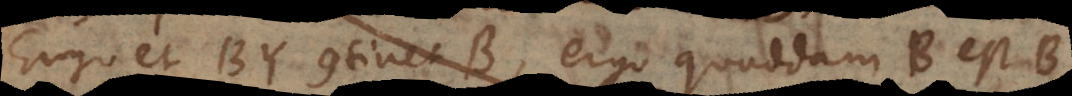
Ergo et BY continet B, ergo quoddam B est